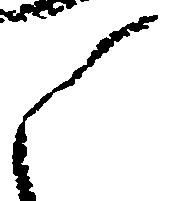
之